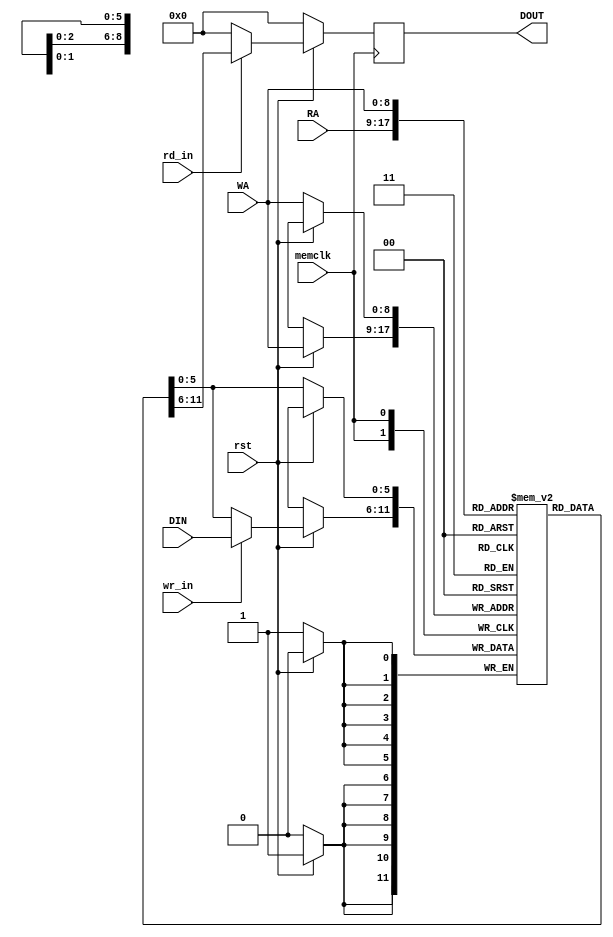
`timescale 1ns / 1ps
//////////////////////////////////////////////////////////////////////////////////
// Company: 
// Engineer: 
// 
// Design Name: 
// Module Name: simpledualportram
// Project Name: 
// Target Devices: 
// Tool Versions: 
// Description: 
// 
// Dependencies: 
// 
// Revision:
// Revision 0.01 - File Created
// Additional Comments:
// 
//////////////////////////////////////////////////////////////////////////////////


module simpledualportram_ne(DOUT, RA, rd_in, DIN, WA, wr_in, memclk, rst);
parameter Z=511;
parameter W=6;
parameter COLADDR_BITS=9;//9bits to address Z=511 locations
parameter COLDEPTH = Z;
output reg[(W)-1:0] DOUT;
input[(COLADDR_BITS)-1:0] RA;
input rd_in;
input[(W)-1:0] DIN;
input[(COLADDR_BITS)-1:0] WA;
input wr_in;
input memclk, rst;

reg[W-1:0] Lmemreg[COLDEPTH-1:0];
//reg[W-1:0] dout_array[1:0];
//wire[W-1:0] din_array[1:0];
//wire[COLADDR_BITS-1:0] wa_array[1:0];
//wire[COLADDR_BITS-1:0] ra_array[1:0];

//assign {ra_array[1],ra_array[0]} = RA;
//assign {wa_array[1],wa_array[0]} = WA;
//assign {din_array[1],din_array[0]} = DIN;
//assign DOUT = {dout_array[1],dout_array[0]};


//genvar i;
//generate for(i=0;i<=1;i=i+1) begin: wtc_2_loop
    //Reading at negedge, register old value
    always@(negedge memclk)
    begin
        if(!rst)
        begin
          DOUT<=0;
          //dout_array[i]<=0;
          //dout_array[0]<=0;
          //dout_array[1]<=0;
        end
        else
        begin
          DOUT<= rd_in ? Lmemreg[RA] : 0;
          //dout_array[i]<= rd_in[i] ? Lmemreg[ra_array[i]] : dout_array[i];
          //dout_array[0]<= rd_in[0] ? Lmemreg[ra_array[0]] : dout_array[0];
          //dout_array[1]<= rd_in[1] ? Lmemreg[ra_array[1]] : dout_array[1];          
        end
    end 
    //Writing at posedge
    always@(posedge memclk)
    begin
      if(!rst)
      begin
        Lmemreg[WA]<=Lmemreg[WA];
        //Lmemreg[wa_array[i]]<=Lmemreg[wa_array[i]];
        //Lmemreg[wa_array[0]]<=Lmemreg[wa_array[0]];
        //Lmemreg[wa_array[1]]<=Lmemreg[wa_array[1]];
      end
      else
      begin
        Lmemreg[WA]<=(wr_in ? (DIN) : Lmemreg[WA] );
        //Lmemreg[wa_array[i]]<=(wr_in[i] ? (din_array[i]) : Lmemreg[wa_array[i]] );
        //Lmemreg[wa_array[0]]<=(wr_in[0] ? (din_array[0]) : Lmemreg[wa_array[0]] );
        //Lmemreg[wa_array[1]]<=(wr_in[1] ? (din_array[1]) : Lmemreg[wa_array[1]] );
      end
    end  
    
//end//for
//endgenerate

endmodule